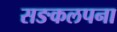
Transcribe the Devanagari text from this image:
सङकलपना